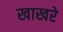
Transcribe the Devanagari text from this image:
खाखरे